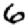
Digit: 6